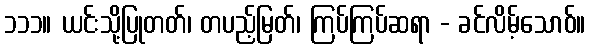
၁၁၁။ ယင်းသို့ပြုတတ်၊ တပည့်မြတ်၊ ကြပ်ကြပ်ဆရာ - ခင်လိမ့်သောဝ်။